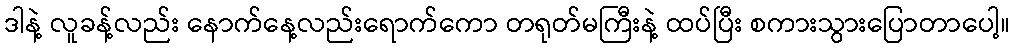
ဒါနဲ့ လူခန့်လည်း နောက်နေ့လည်းရောက်ကော တရုတ်မကြီးနဲ့ ထပ်ပြီး စကားသွားပြောတာပေါ့။